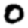
Digit: 0